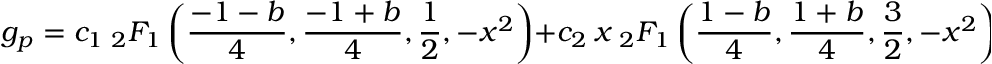
g _ { p } = c _ { 1 } \ { _ 2 } F _ { 1 } \left( \frac { - 1 - b } { 4 } , \frac { - 1 + b } { 4 } , \frac { 1 } { 2 } , - x ^ { 2 } \right) + c _ { 2 } \ x \ { _ 2 } F _ { 1 } \left( \frac { 1 - b } { 4 } , \frac { 1 + b } { 4 } , \frac { 3 } { 2 } , - x ^ { 2 } \right) ,